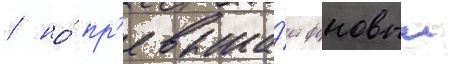
/ но́ пр'евыша́ет фоновыи